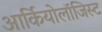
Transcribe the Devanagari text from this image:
आर्कियोलाॅजिस्ट